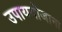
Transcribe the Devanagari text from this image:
उपाययोजाना